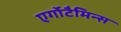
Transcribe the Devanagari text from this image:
एर्गोटैमिन्स